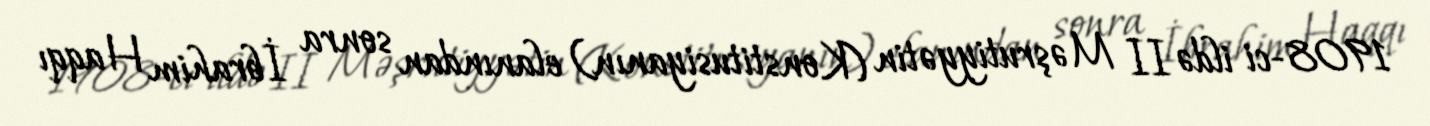
1908-ci ildə II Məşrutiyyətin (Konstitusiyanın) elanından sonra İbrahim Haqqı